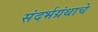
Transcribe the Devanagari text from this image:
संदर्भग्रंथाचे